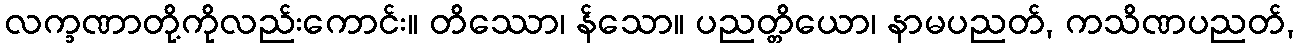
လက္ခဏာတို့ကိုလည်းကောင်း။ တိဿော၊ န်သော။ ပညတ္တိယော၊ နာမပညတ်, ကသိဏပညတ်,